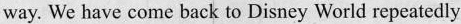
way. We have come back to Disney World repeatedly